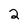
Character: 2